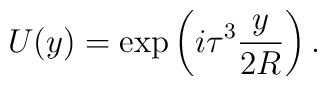
U(y) = \exp \left( i \tau^{3} \frac{y}{2R} \right).